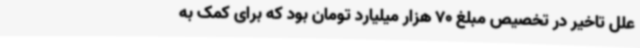
علل تاخیر در تخصیص مبلغ 70 هزار میلیارد تومان بود که برای کمک به